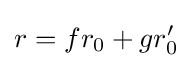
r=fr_{0}+gr'_{0}